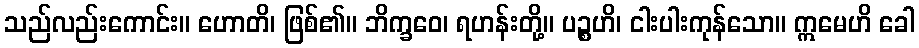
သည်လည်းကောင်း။ ဟောတိ၊ ဖြစ်၏။ ဘိက္ခဝေ၊ ရဟန်းတို့။ ပဉ္စဟိ၊ ငါးပါးကုန်သော။ ဣမေဟိ ခေါ